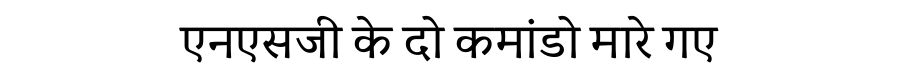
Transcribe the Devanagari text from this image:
एनएसजी के दो कमांडो मारे गए